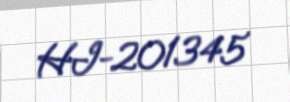
HI-201345